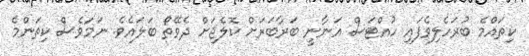
ކިތައްމެ ބުރަހެލިވެފައި ހުއްޓަސް އަނާނީ ބަރާބަރަށް ކޮލެޖަށް ދެވޭތޯ ބަލައެވެ. ނަމަވެސް ކިތަންމެ